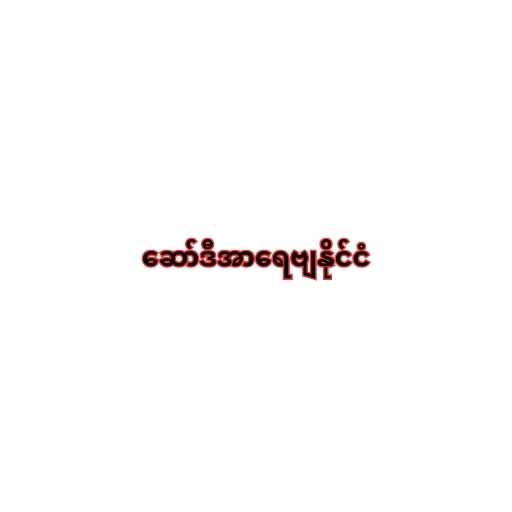
ဆော်ဒီအာရေဗျနိုင်ငံ